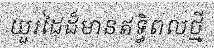
យួរដៃដ៏មានឥទ្ធិពលថ្មី